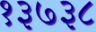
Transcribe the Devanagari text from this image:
१३७३८